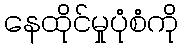
နေထိုင်မှုပုံစံကို